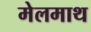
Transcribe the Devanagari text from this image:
मेलमाथ